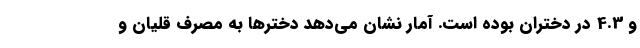
و 4.3 در دختران بوده است. آمار نشان می‌دهد دخترها به مصرف قلیان و